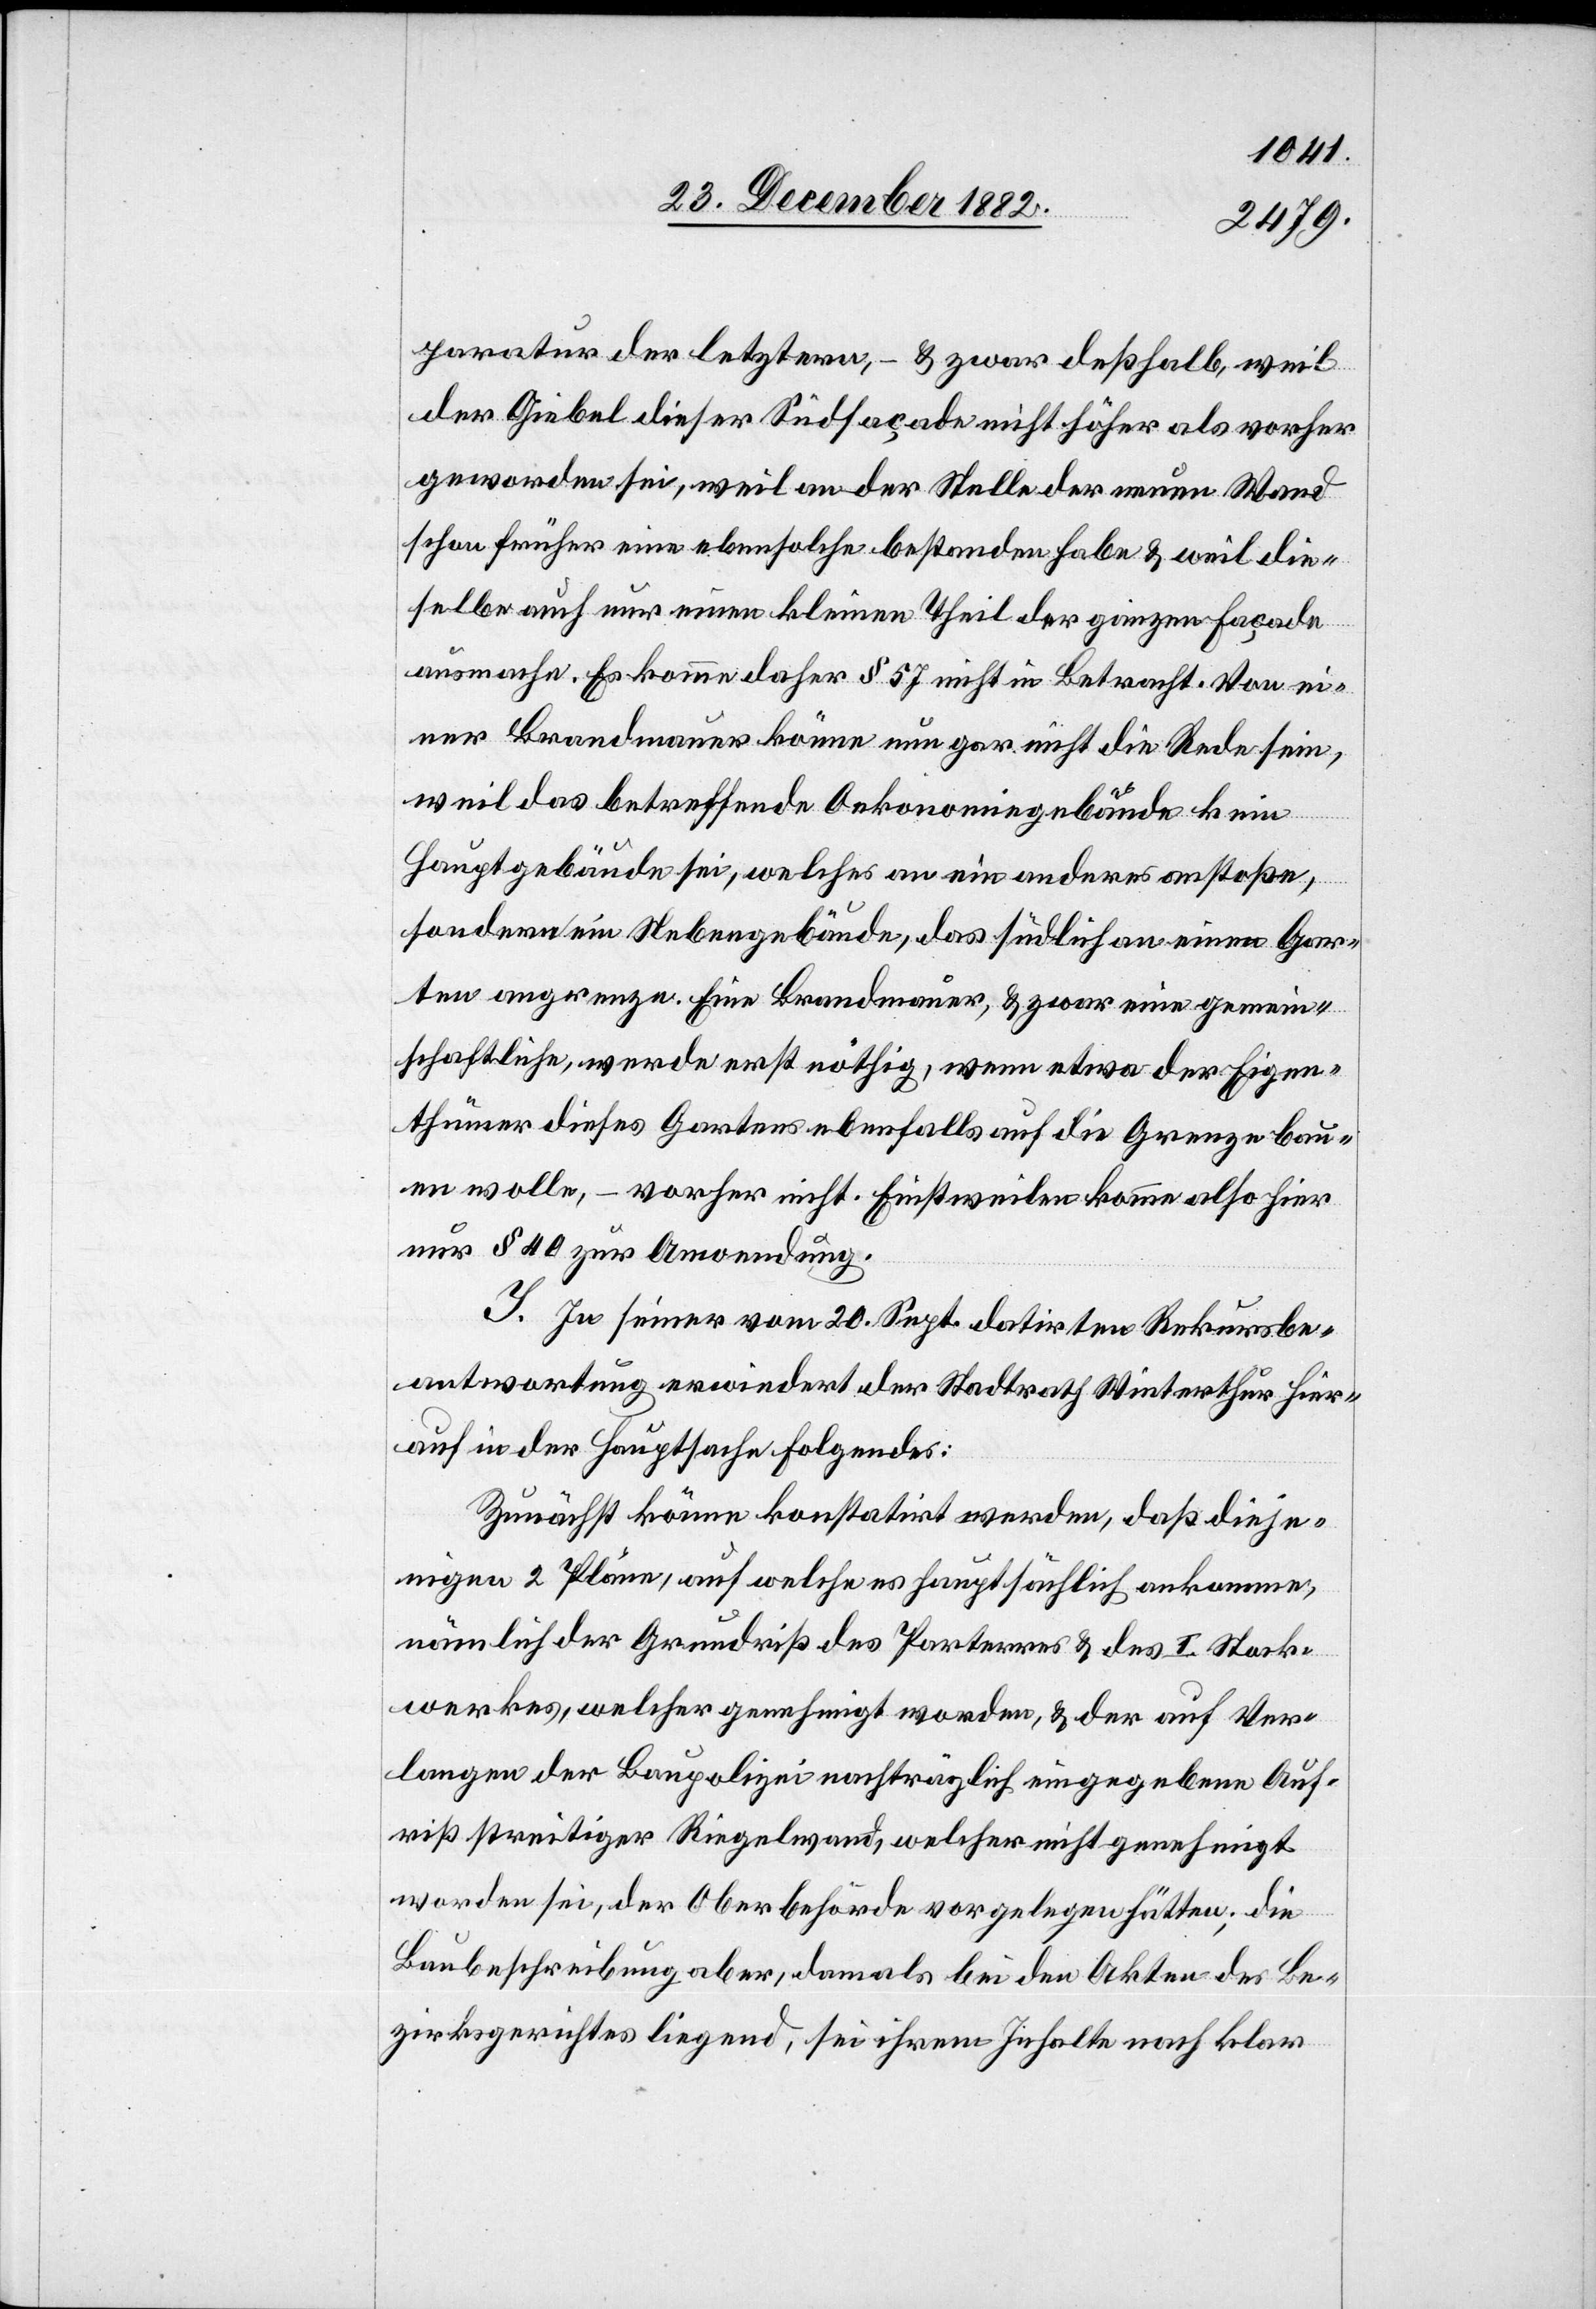
paratur der letztern, – & zwar deßhalb, weil
der Giebel dieser Südfaçade nicht höher als vorher
geworden sei, weil an der Stelle der neuen Wand
schon früher eine ebensolche bestanden habe & weil die¬
selbe auch nur einen kleinen Theil der ganzen Façade
ausmache. Es komme daher § 57 nicht in Betracht. Von ei¬
ner Brandmauer könne nun gar nicht die Rede sein,
weil das betreffende Oekonomiegebäude kein
Hauptgebäude sei, welches an ein anderes anstoße,
sondern ein Nebengebäude, das südlich an einen Gar¬
ten angrenze. Eine Brandmauer, & zwar eine gemein¬
schaftliche, werde erst nöthig, wenn etwa der Eigen¬
thümer dieses Gartens ebenfalls auf die Grenze bau¬
en wolle, – vorher nicht. Einstweilen komme also hier
nur § 40 zur Anwendung.
I. In seiner vom 20. Sept. datirten Rekursbe¬
antwortung erwiedert der Stadtrath Winterthur hier¬
auf in der Hauptsache Folgendes:
Zunächst könne konstatirt werden, daß dieje¬
nigen 2 Pläne, auf welche es hauptsächlich ankomme,
nämlich der Grundriß des Parterres & des I. Stock¬
werkes, welcher genehmigt worden, & der auf Ver¬
Verlangen der Baupolizei nachträglich eingegebene Auf¬
riß streitiger Riegelwand, welcher nicht genehmigt
worden sei, der Oberbehörde vorgelegen hätte; die
Baubeschreibung aber, damals bei den Akten des Be¬
zirksrathes liegend, sei ihrem Inhalte nach klar